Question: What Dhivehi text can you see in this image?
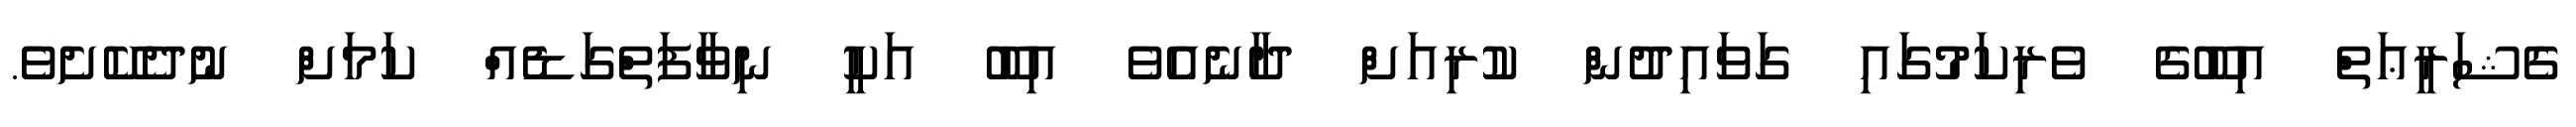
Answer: ގެޝަރީޢަތް އިބޫގެ ވެރިކަމުގައި ގަވައިދުން ކުރިއަށް ދާނެއެވެ އިބޫ އަކީ ނިވާފަތްގަޑެއް ކަމަށް ނުދެކޭށެވެ.